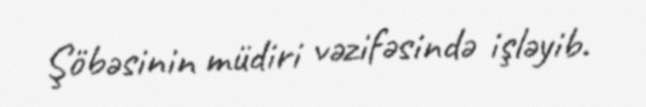
Şöbəsinin müdiri vəzifəsində işləyib.